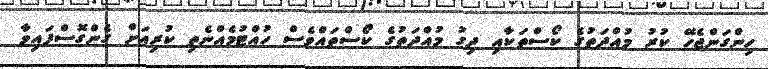
ހިންގަންޖެހޭ ކުރު މުއްދަތުގެ ކޯސްތަކާއި ދިގު މުއްދަތުގެ ކޯސްތައްވެސް ހުއްޓުމެއްނެތި ކުރިއަށް ގެންގޮސްފައިވާ